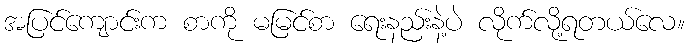
အပြင်ကျောင်းက စာကို မမြင်စာ ရေးနည်းနဲ့ပဲ လိုက်လို့ရတယ်လေ။